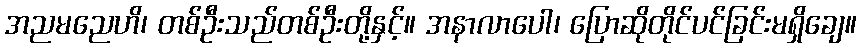
အညမညေဟိ၊ တစ်ဦးသည်တစ်ဦးတို့နှင့်။ အနာလာပေါ၊ ပြောဆိုတိုင်ပင်ခြင်းမရှိချေ။